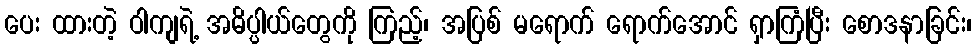
ပေး ထားတဲ့ ဝါကျရဲ့ အဓိပ္ပါယ်တွေကို ကြည့်၊ အပြစ် မရောက် ရောက်အောင် ရှာကြံပြီး စောဒနာခြင်း၊